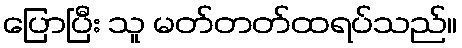
ပြောပြီး သူ မတ်တတ်ထရပ်သည်။